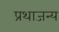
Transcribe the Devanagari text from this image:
प्रथाजन्य